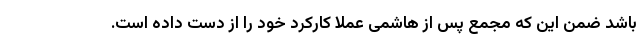
باشد ضمن این که مجمع پس از هاشمی عملا کارکرد خود را از دست داده است.